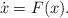
LaTeX: \begin{align*}\dot{x} = F(x).\end{align*}